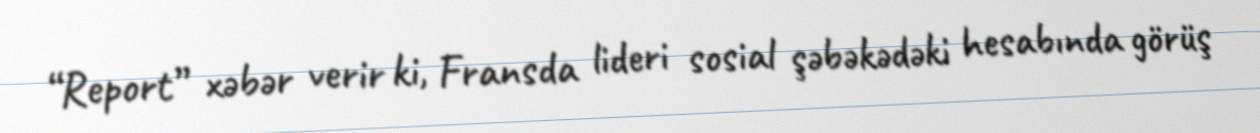
“Report” xəbər verir ki, Fransda lideri sosial şəbəkədəki hesabında görüş